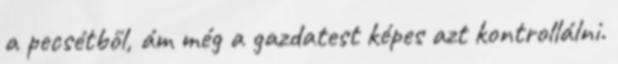
a pecsétből, ám még a gazdatest képes azt kontrollálni.